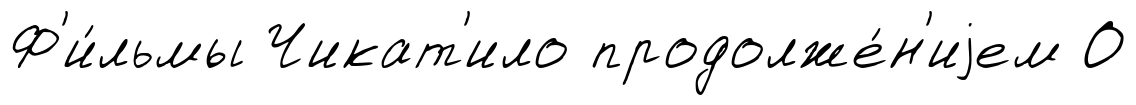
Ф'и́льмы Чикат'ило продолже́н'иjем О